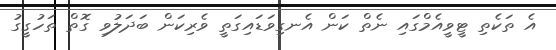
އެ ތަކެތި ޓީވީއެމްގައި ނެތް ކަން އެނގިވަޑައިގަތީ ވެރިކަން ބަދަލުވި ގޮތް ތަހުގީގު